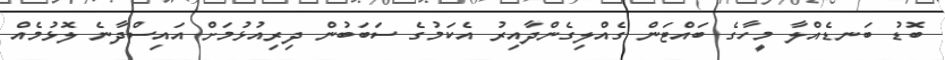
ބޮޑު ބަނޑެއްލާ މީހާގެ ބައްޓަން ގެއްލިގެންދާއިރު އެކަމުގެ ސަބަބުން ދިރިއުޅުމަށް އައިސްދާނެ ލޮޅުމެއް